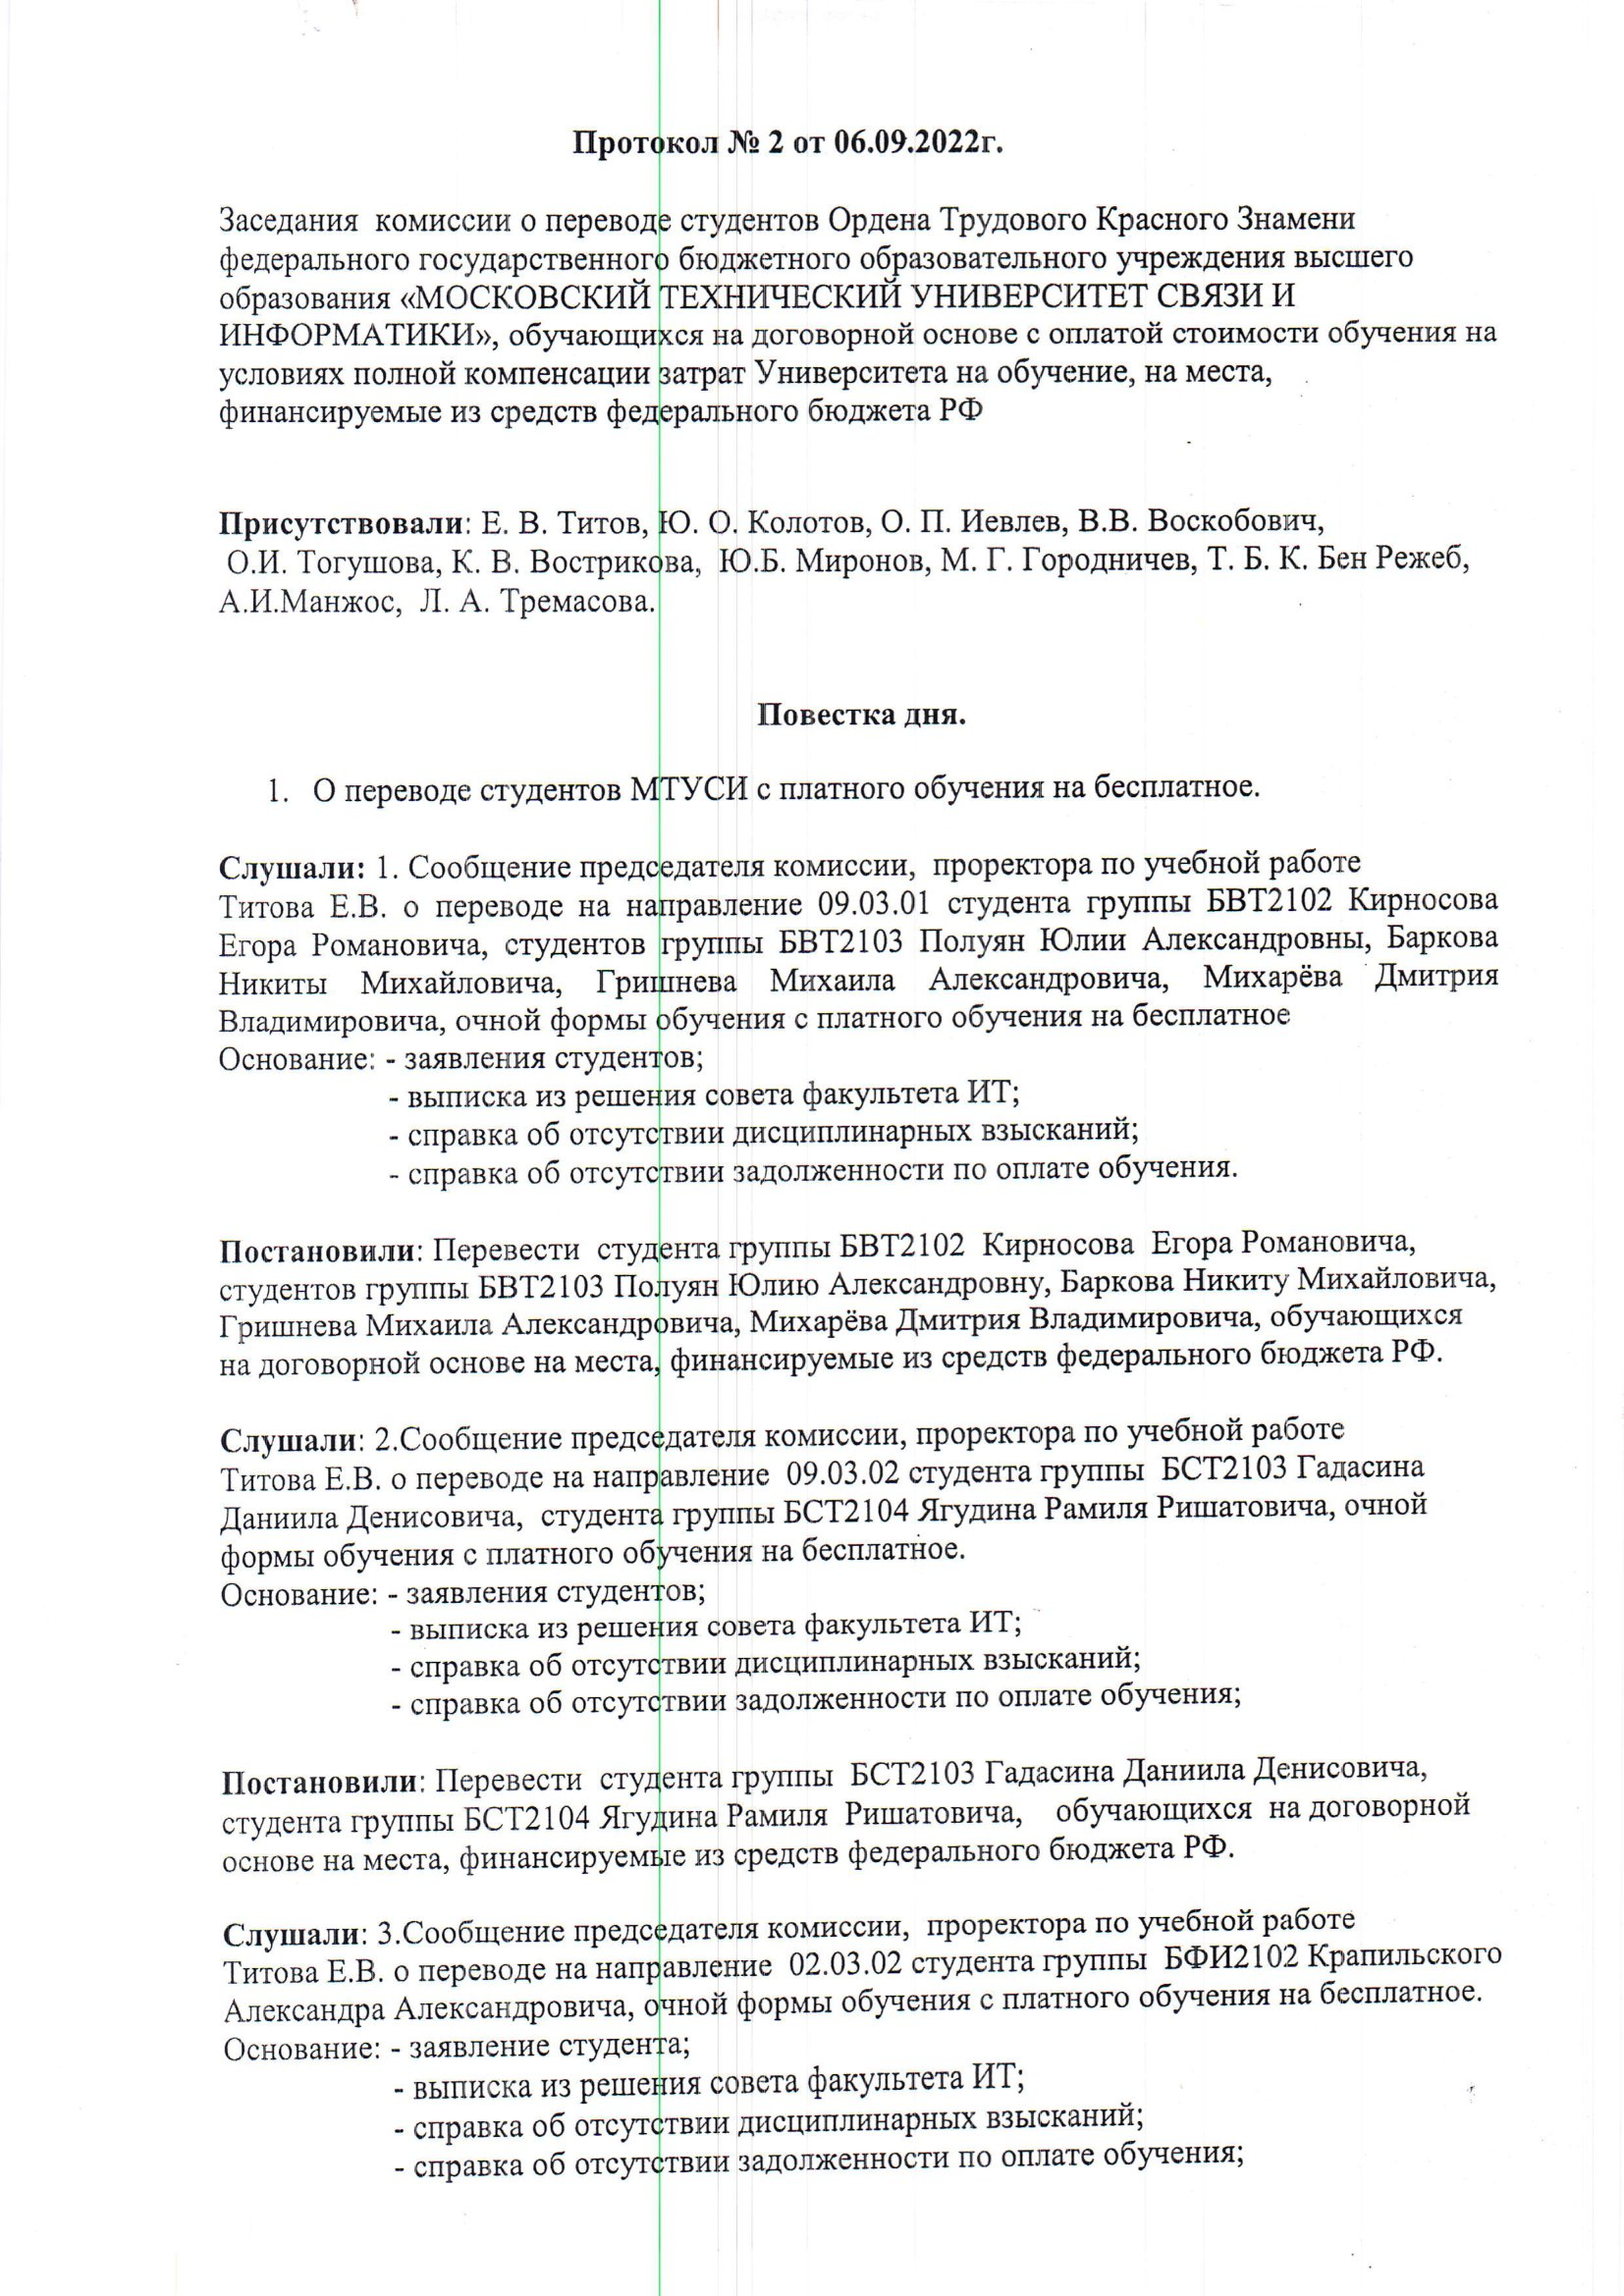
Language: ru